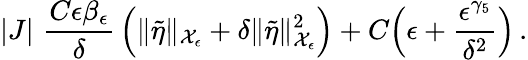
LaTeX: |J|\, \le\, \frac{C\epsilon\beta_{\epsilon}}{\delta}\, \Bigl(\| \tilde{\eta}\| _{\mathcal{X}_{\epsilon}}+\delta\| \tilde{\eta}\| _{\mathcal{X}_{\epsilon}}^{2}\Bigr)+C\Bigl(\epsilon+\frac{\epsilon^{\gamma_{5}}}{\delta^{2}}\Bigr)\, .